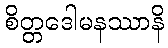
စိတ္တဒေါမနဿာနိ